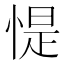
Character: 惿